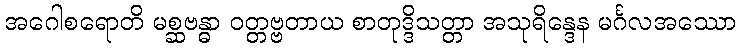
အဂေါစရောတိ မစ္ဆဗန္ဓာ ဝတ္တဗ္ဗတာယ စာတုဒ္ဒိသတ္တာ အသုရိန္ဒေန မင်္ဂလအဿော